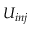
U _ { i n j }